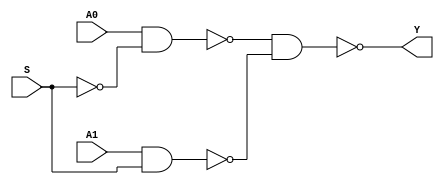
`timescale 1ns / 1ps

module MUX2T1X1(
    input A0, 
    input A1, 
    input S, 
    output Y);
    
    wire A0_S, A1_S, S_n;
    not i0(S_n, S);
    nand i1(A0_S, A0, S_n);
    nand i2(A1_S, A1,S);
    nand i3(Y, A0_S, A1_S);
endmodule